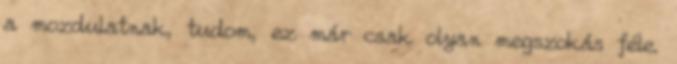
a mozdulatnak, tudom, ez már csak olyan megszokás féle.